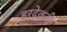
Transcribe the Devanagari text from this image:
हरदेवजी